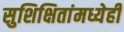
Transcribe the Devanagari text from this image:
सुशिक्षितांमध्येही